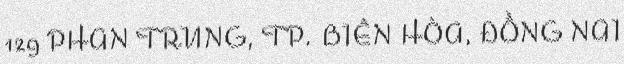
129 PHAN TRUNG, TP. BIÊN HÒA, ĐỒNG NAI